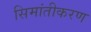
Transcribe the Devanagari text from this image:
सिमांतीकरण